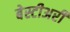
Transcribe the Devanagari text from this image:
बेस्टीअरी